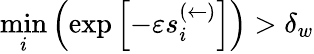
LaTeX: \underset{i}{\operatorname*{min}}\left(\exp\left[-\varepsilon s_{i}^{(\leftarrow)}\right]\right)>\delta_{w}